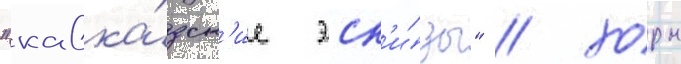
"кавка́зск'ие эск'и́зы" / хоры